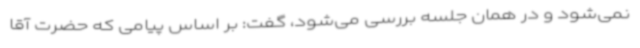
نمی‌شود و در همان جلسه بررسی می‌شود، گفت: بر اساس پیامی که حضرت آقا